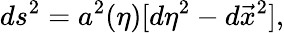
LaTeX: ds^{2}=a^{2}(\eta)[d\eta^{2}-d\vec{x}^{2}],